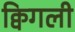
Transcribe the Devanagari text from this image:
क्विगली